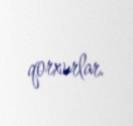
qorxurlar.